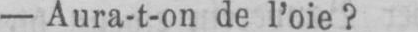
- Aura-t-on de l’oie?